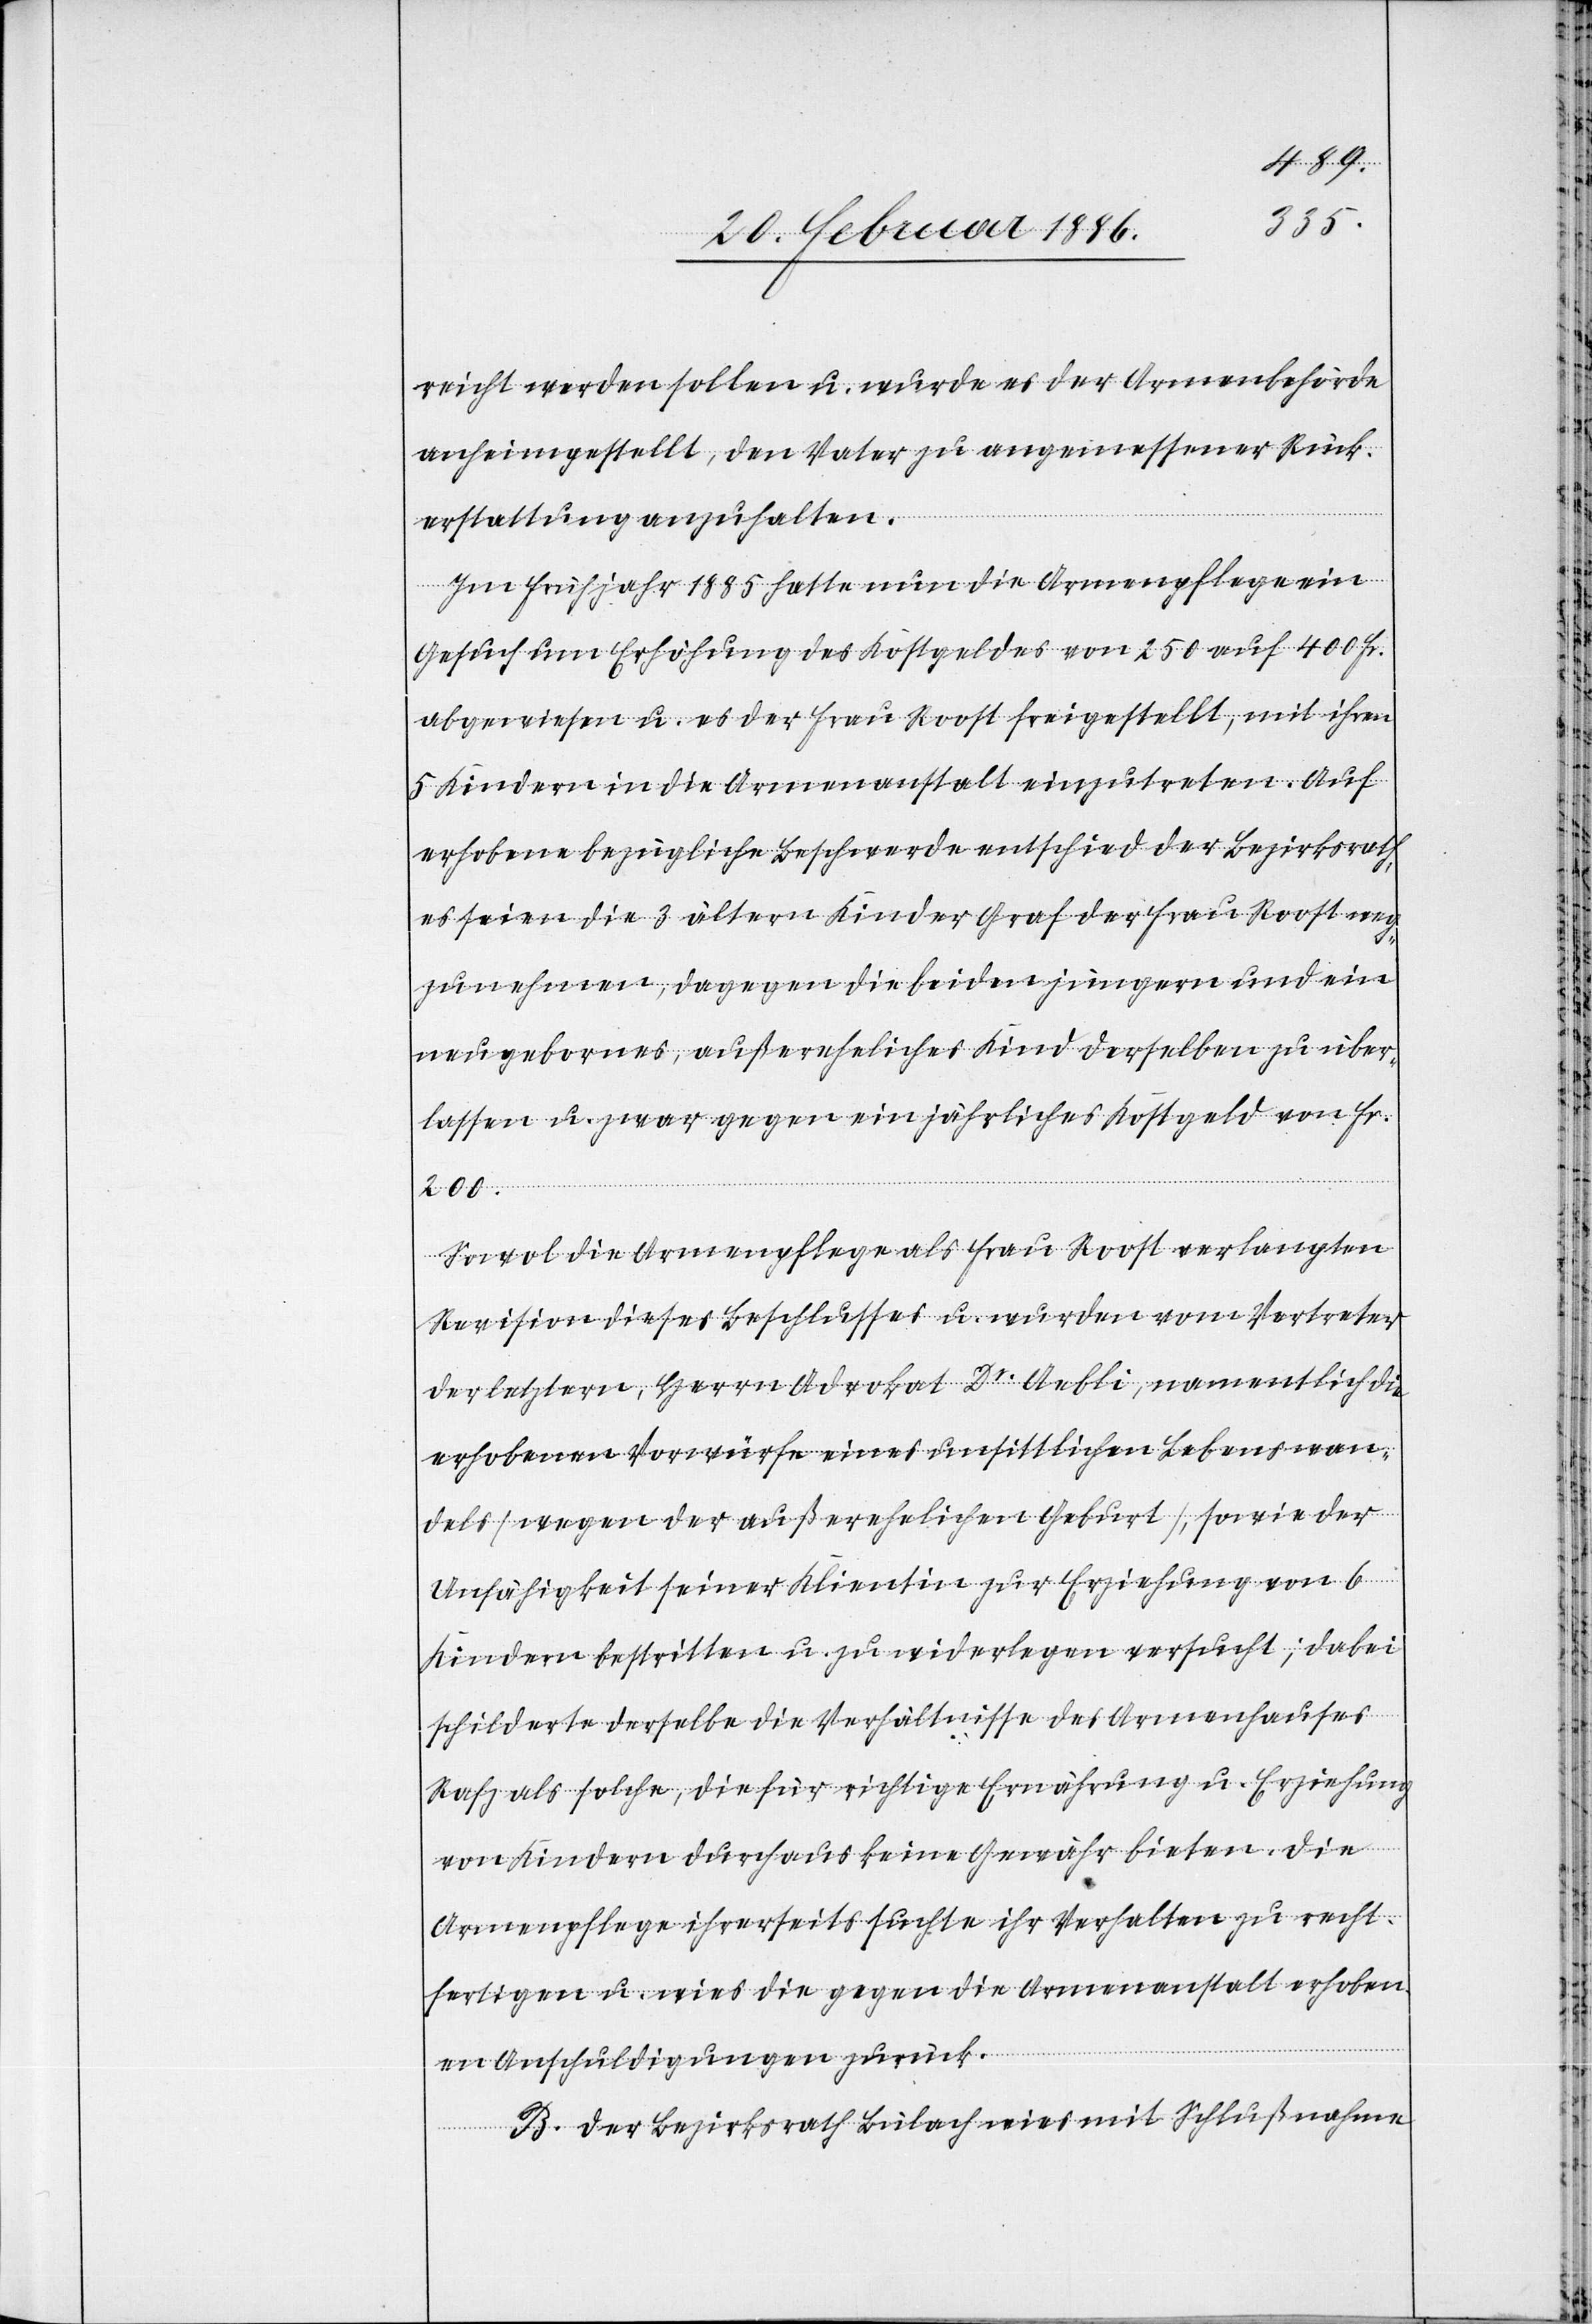
reicht werden sollen u. wurde es der Armenbehörde
anheimgestellt, den Vater zu angemessener Rück¬
erstattung anzuhalten.
Im Frühjahr 1885 hatte nun die Armenpflege ein
Gesuch um Erhöhung des Kostengeldes von 150 auf 400 Fr.
abgewiesen u. es der Frau Roost freigestellt, mit ihren
5 Kindern in die Armenanstalt einzutreten. Auf
erhobene bezügliche Beschwerde entschied der Bezirksrath,
es seien die 3 älteren Kinder Graf der Frau Roost an¬
zunehmen, dagegen die beiden jüngeren und ein
neugeborenes, außereheliches Kind derselben zu über¬
lassen u. zwar gegen ein jährliches Kostgeld von Fr.
200.
Sowol die Armenpflege als Frau Roost verlangten
Revision dieses Beschlußes u. wurden vom Vertreter
der letztern, Herrn Advokat Dr. Aebli, namentlich die
erhobene Vorwürfe eines unsittlichen Lebenswan¬
dels (wegen der außerehelichen Geburt), sowie der
Unfähigkeit seiner Klientin zur Erziehung von 6
Kindern bestritten u. zu widerlegen ersucht; dabei
schilderte derselbe die Verhältnisse des Armenhauses
Rafz als solche, die für richtige Ernährung u. Erziehung
von Kindern durchaus keine Gewähr bieten. Die
Armenpflege ihrerseits suchte ihr Verhalten zu recht¬
fertigen u. wies die gegen die Armenanstalt erhoben¬
en Anschuldigungen zurück.
B. Der Bezirksrath Bülach wies mit Schlußnahme